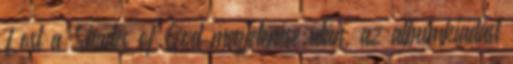
Lost a Shades of God megjelenése után, az albumkiadást